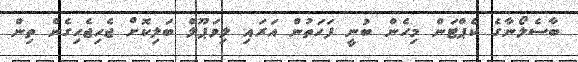
ބާސެލޯނާގެ ކެޕްޓަން މިހެން ބުނީ ފަހަތުން އަރައި ލިވަޕޫލް ބަލިކޮށް ޖެހިޖެހިގެން ތިން